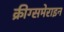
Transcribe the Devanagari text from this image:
क्रीग्समेराइन